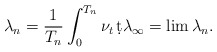
\begin{align*}\lambda_n=\frac{1}{T_n}\int_0^{T_n}\nu_t\,\d t\lambda_\infty=\lim\lambda_n.\end{align*}